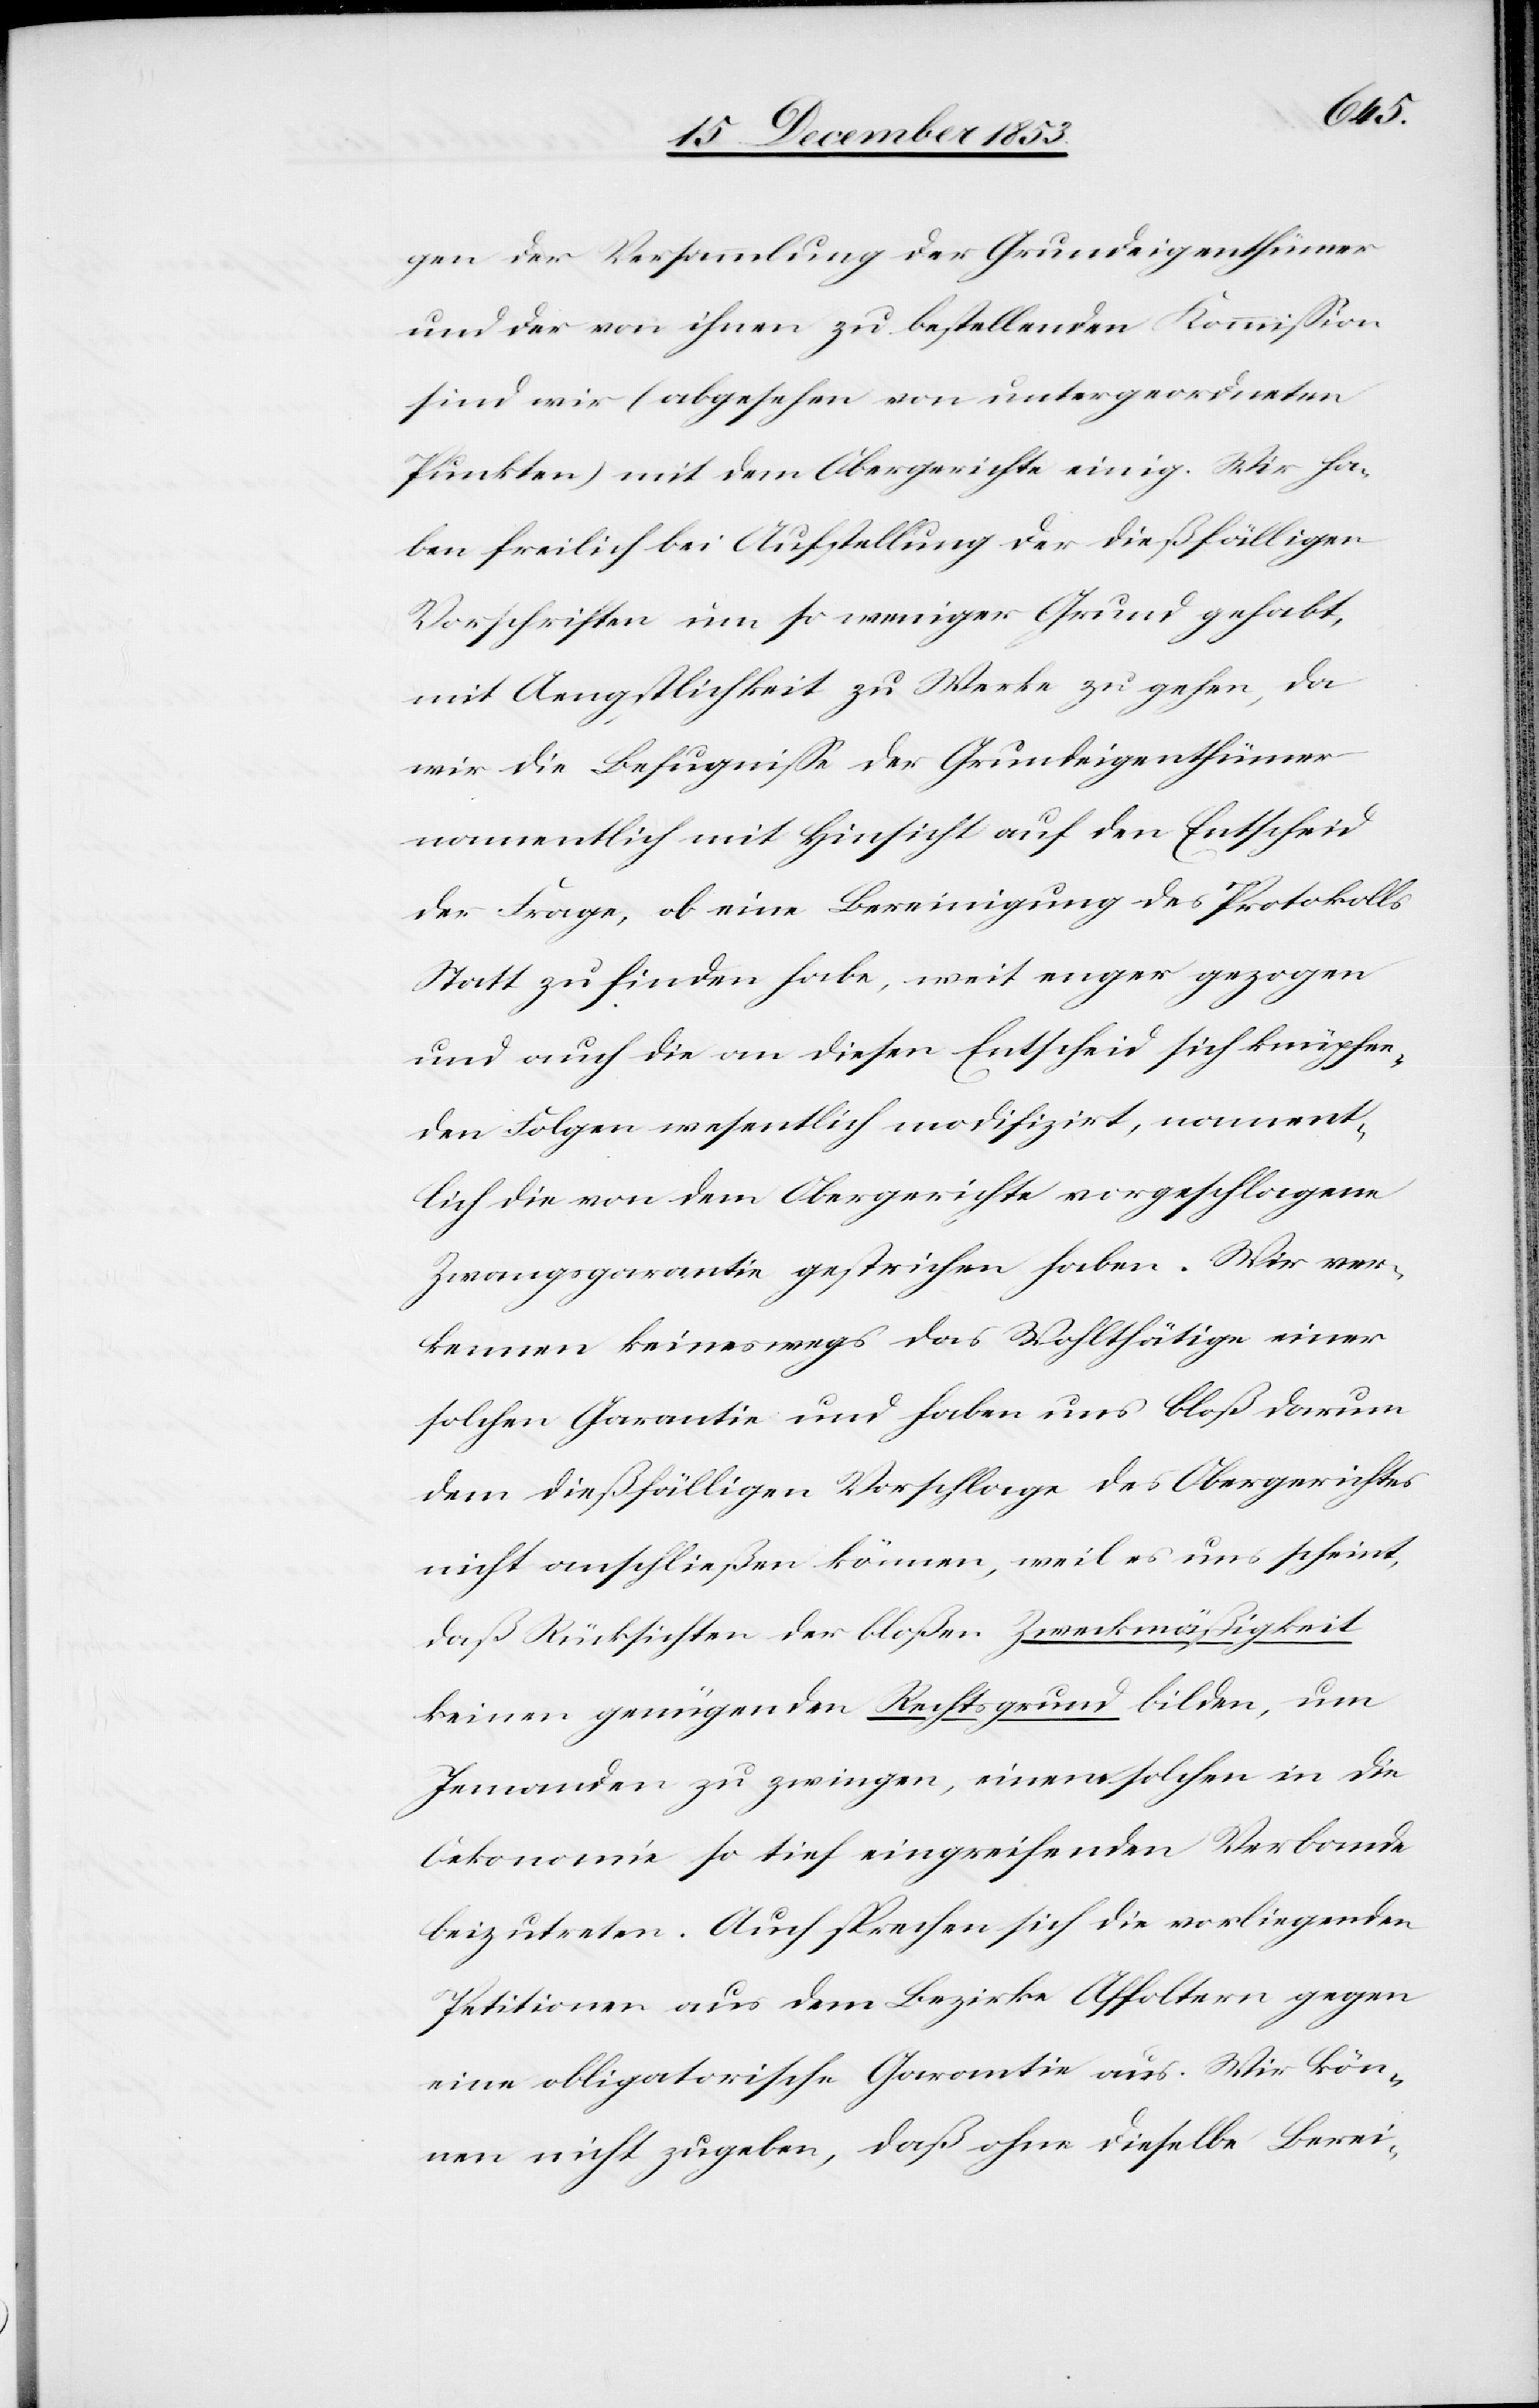
gen der Versammlung der Grundeigenthümer
und der von ihnen zu bestellenden Kommißion
sind wir (abgesehen von untergeordneten
Punkten) mit dem Obergerichte einig. Wir ha¬
ben freilich bei Aufstellung der dießfälligen
Vorschriften um so weniger Grund gehabt,
mit Aengstlichkeit zu Werke zu gehen, da
wird die Befugniße der Grundeigenthümer
namentlich mit Hinsicht auf den Entscheid
der Frage, ob eine Bereinigung des Protokolls
Statt zu finden habe, weit enger gezogen
und auch die an diesen Entscheid sich knüpfen¬
den Folgen wesentlich modifizirt, nament¬
lich die von dem Obergerichte vorgeschlagene
Zwangsgarantie gestrichen haben. Wir ver¬
kennen keineswegs das Wohlthätige einer
solchen Garantie und haben uns bloß darum
dem dießfälligen Vorschlag des Obergerichtes
nicht anschließen können, weil es uns scheint,
daß Rücksichten der bloßen Zwecksmäßigkeit
keinen genügenden Rechtsgrund bilden, um
Jemanden zu zwingen, einen solchen in die
Oekonomie so tief eingreifenden Verbande
beizutreten. Auch sprechen sich die vorliegenden
Petitionen aus dem Bezirke Affoltern gegen
eine obligatorische Garantie aus. Wir kön¬
nen nicht zugeben, daß ohne dieselbe Berei-